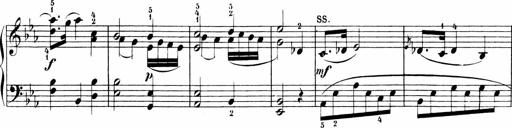
Title: Sonatinen Op.47, 98 und 136, nebst 6 Liedersonatinen
Composer: Carl Reinecke